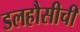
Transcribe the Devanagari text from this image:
डलहौसीची